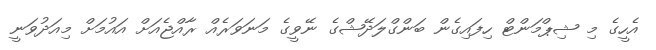
އެހީގެ މި ޝިޕްމަންޓް ހިފައިގެން ބަންގްލަދޭޝްގެ ނޭވީގެ މަނަވަރެއް ރާއްޖެއަށް އައުމަށް މިއަދުވަނީ